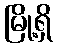
မြို့ရှိ